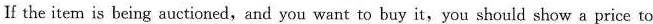
If the item is being auctioned,and you want to buy it,you should show a price to